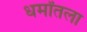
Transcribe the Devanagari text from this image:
धर्मांतला